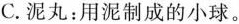
C.泥丸：用泥制成的小球。